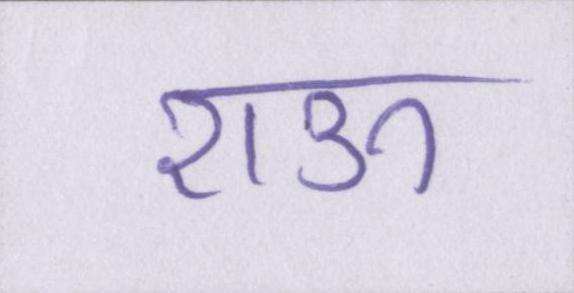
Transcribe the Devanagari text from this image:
राऊ